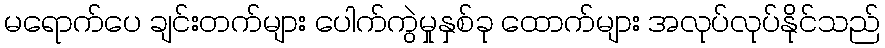
မရောက်ပေ ချင်းတက်များ ပေါက်ကွဲမှုနှစ်ခု ထောက်များ အလုပ်လုပ်နိုင်သည်